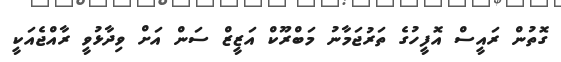
ގޮތުން ރައީސް އޮފީހުގެ ތަރުޖަމާނު މަބްރޫކް އަޒީޒް ސަން އަށް ވިދާޅުވީ ރާއްޖެއަކީ